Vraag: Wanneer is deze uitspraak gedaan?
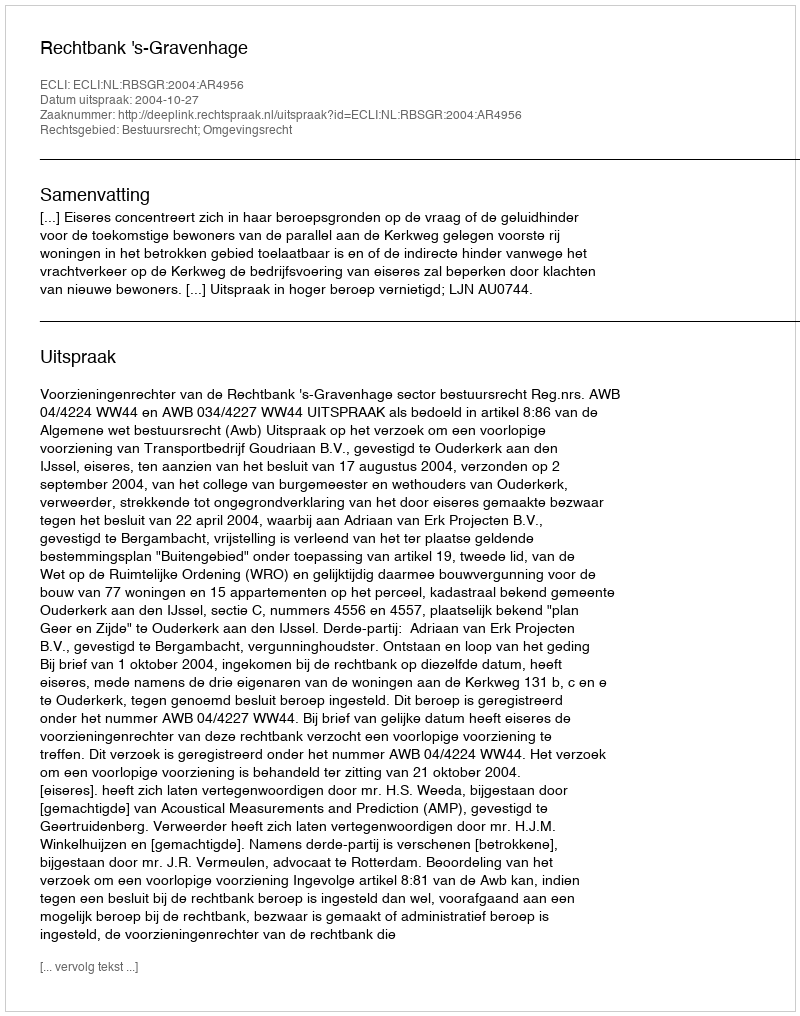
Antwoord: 2004-10-27